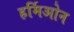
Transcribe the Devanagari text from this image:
हर्मिओन